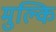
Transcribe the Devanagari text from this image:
मुल्कि